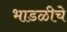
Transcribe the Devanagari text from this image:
भाडळीचे